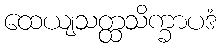
ထေယျသတ္ထသိက္ခာပဒံ